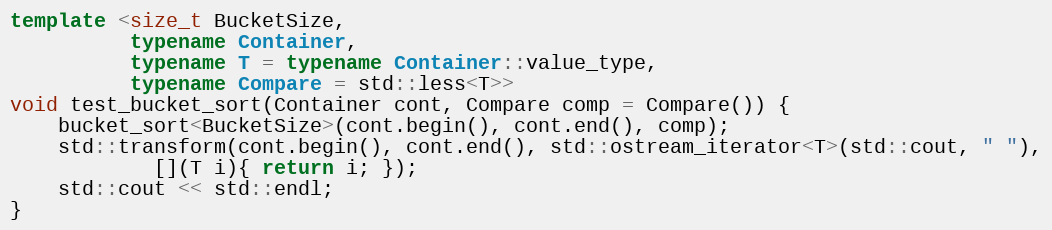
Language: C++
template <size_t BucketSize,
          typename Container,
          typename T = typename Container::value_type,
          typename Compare = std::less<T>>
void test_bucket_sort(Container cont, Compare comp = Compare()) {
    bucket_sort<BucketSize>(cont.begin(), cont.end(), comp);
    std::transform(cont.begin(), cont.end(), std::ostream_iterator<T>(std::cout, " "),
            [](T i){ return i; });
    std::cout << std::endl;
}